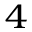
^ { 4 }